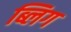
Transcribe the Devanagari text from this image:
ब्लिग